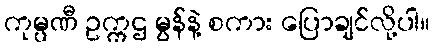
ကုမ္ပဏီ ဥက္ကဌ မွန်နဲ့ စကား ပြောချင်လို့ပါ။